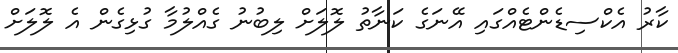
ކާރު އެކްސިޑެންޓެއްގައި އޭނަގެ ކަނާތު ލޮލަށް ލިބުނު ގެއްލުމާ ގުޅިގެން އެ ލޮލަށް